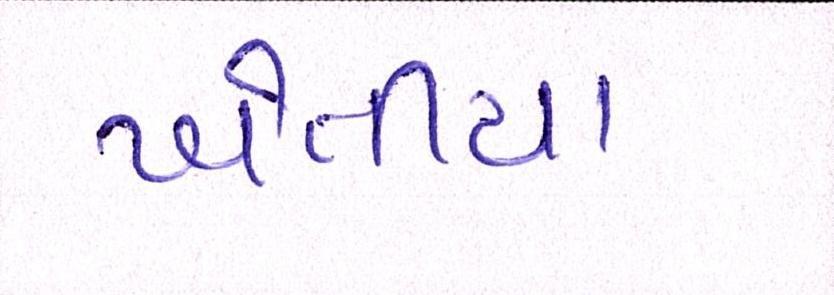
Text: ખેતીયા